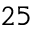
2 5